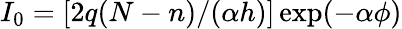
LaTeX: I_{0}=[2q(N-n)/(\alpha h)]\exp(-\alpha\phi)